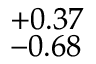
{ } \, _ { \, - 0 . 6 8 } ^ { \, + 0 . 3 7 }